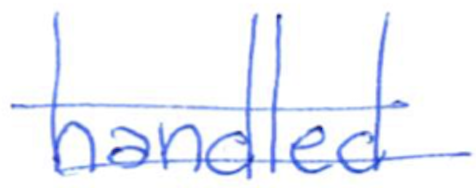
Text: handled
Cross-out: double-line
Writing tool: ballpoint